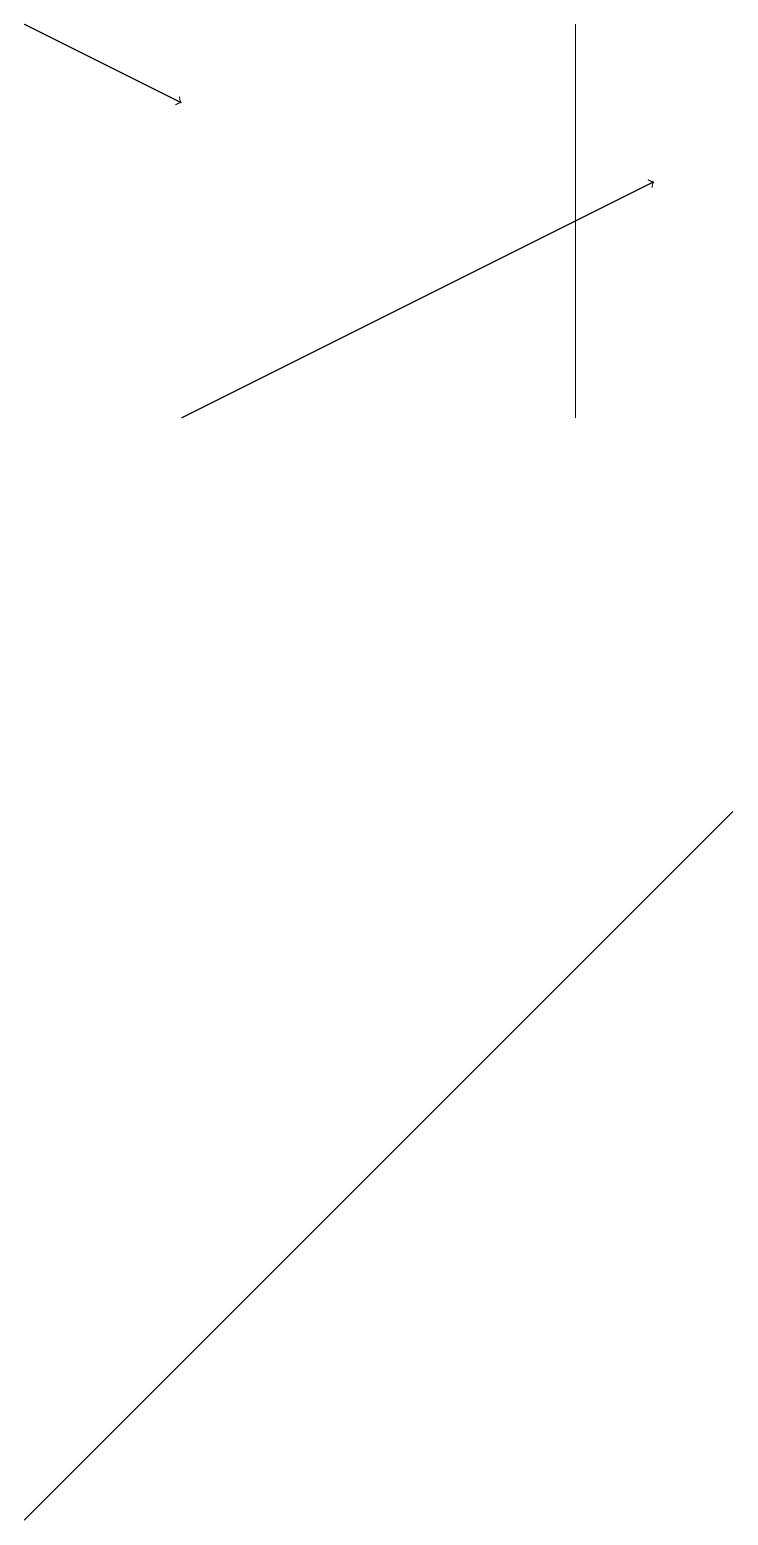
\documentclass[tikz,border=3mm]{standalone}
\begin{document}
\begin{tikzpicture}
\draw (7,14) rectangle (7,19);
\draw (9,9) -- (0,0) -- (3,3) -- cycle;
\draw[->] (2,14) -- (8,17);
\draw[->] (0,19) -- (2,18);
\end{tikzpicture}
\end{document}